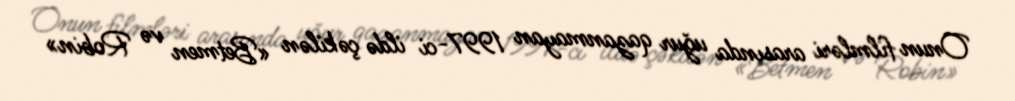
Onun filmləri arasında uğur qazanmayan 1997-ci ildə çəkilən «Betmen və Robin»